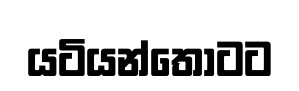
යටියන්තොටට